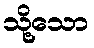
သို့သော